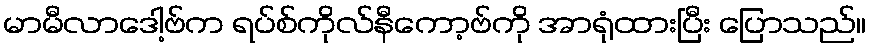
မာမီလာဒေါ့ဗ်က ရပ်စ်ကိုလ်နီကော့ဗ်ကို အာရုံထားပြီး ပြောသည်။